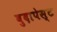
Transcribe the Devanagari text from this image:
बुदापेस्ट